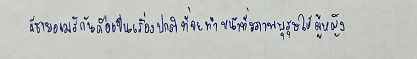
ผู้ชายอเมริกันถือเป็นเรื่องปกติที่จะทำหน้าที่สุภาพบุรุษให้ผู้หญิง